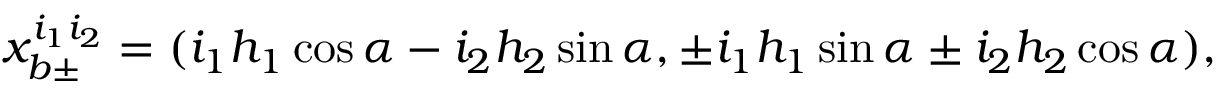
x _ { b \pm } ^ { i _ { 1 } i _ { 2 } } = ( i _ { 1 } h _ { 1 } \cos \alpha - i _ { 2 } h _ { 2 } \sin \alpha , \pm i _ { 1 } h _ { 1 } \sin \alpha \pm i _ { 2 } h _ { 2 } \cos \alpha ) ,